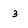
Character: 3